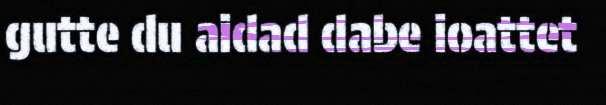
gutte du aidad dabe ioattet